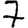
Digit: 7